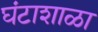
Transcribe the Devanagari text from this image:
घंटाशाळा